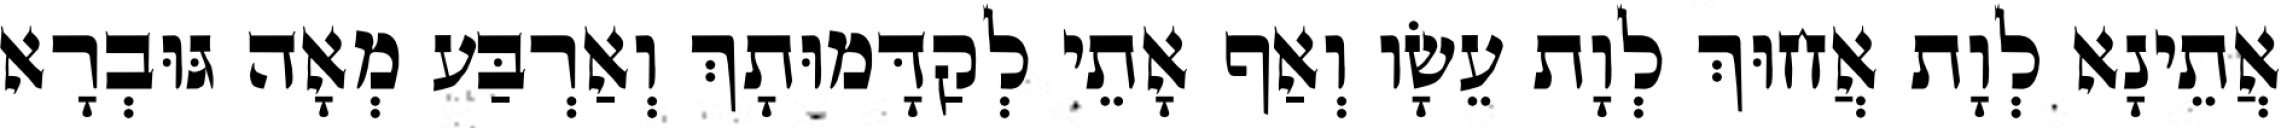
אֲתֵינָא לְוָת אֲחוּךְ לְוָת עֵשָׂו וְאַף אָתֵי לְקַדָּמוּתָךְ וְאַרְבַּע מְאָה גּוּבְרָא